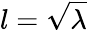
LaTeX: l={\sqrt{\lambda}}